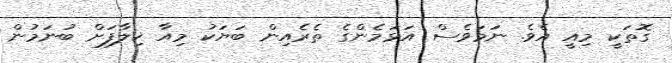
ގޮތަކީ މިއީ އެވެ. ނަމަވެސް އަޅަމެންގެ ތެރެއިން ބަޔަކު މިއާ ޚިލާފަށް ބުނަމުން